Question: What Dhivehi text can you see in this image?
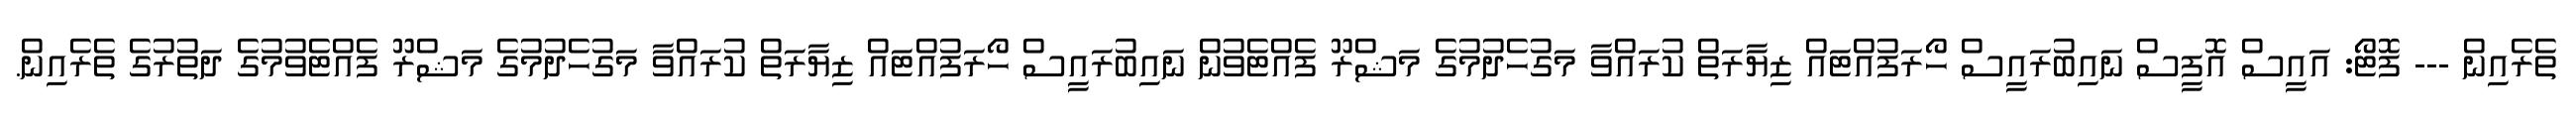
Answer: ތެރެއިން --- ފޮޓޯ: އައީސް އޮފީސް ނައިބުރައީސް ހޯރަފުއްޓައް ޒިޔާރަތް ކުރައްވާ މަގުހެދުމުގެ މަޝްރޫ ފެއްޓެވުން ނައިބުރައީސް ހޯރަފުއްޓައް ޒިޔާރަތް ކުރައްވާ މަގުހެދުމުގެ މަޝްރޫ ފެއްޓެވުމުގެ ދަތުރުގެ ތެރެއިން.